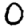
Digit: 0